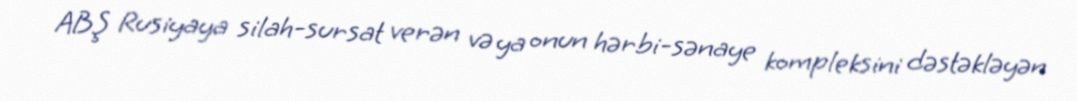
ABŞ Rusiyaya silah-sursat verən və ya onun hərbi-sənaye kompleksini dəstəkləyən